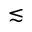
\lesssim